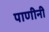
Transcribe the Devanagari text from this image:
पाणीनी